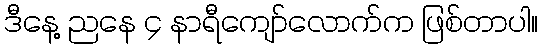
ဒီနေ့ ညနေ ၄ နာရီကျော်လောက်က ဖြစ်တာပါ။